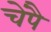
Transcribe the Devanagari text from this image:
चेंपै